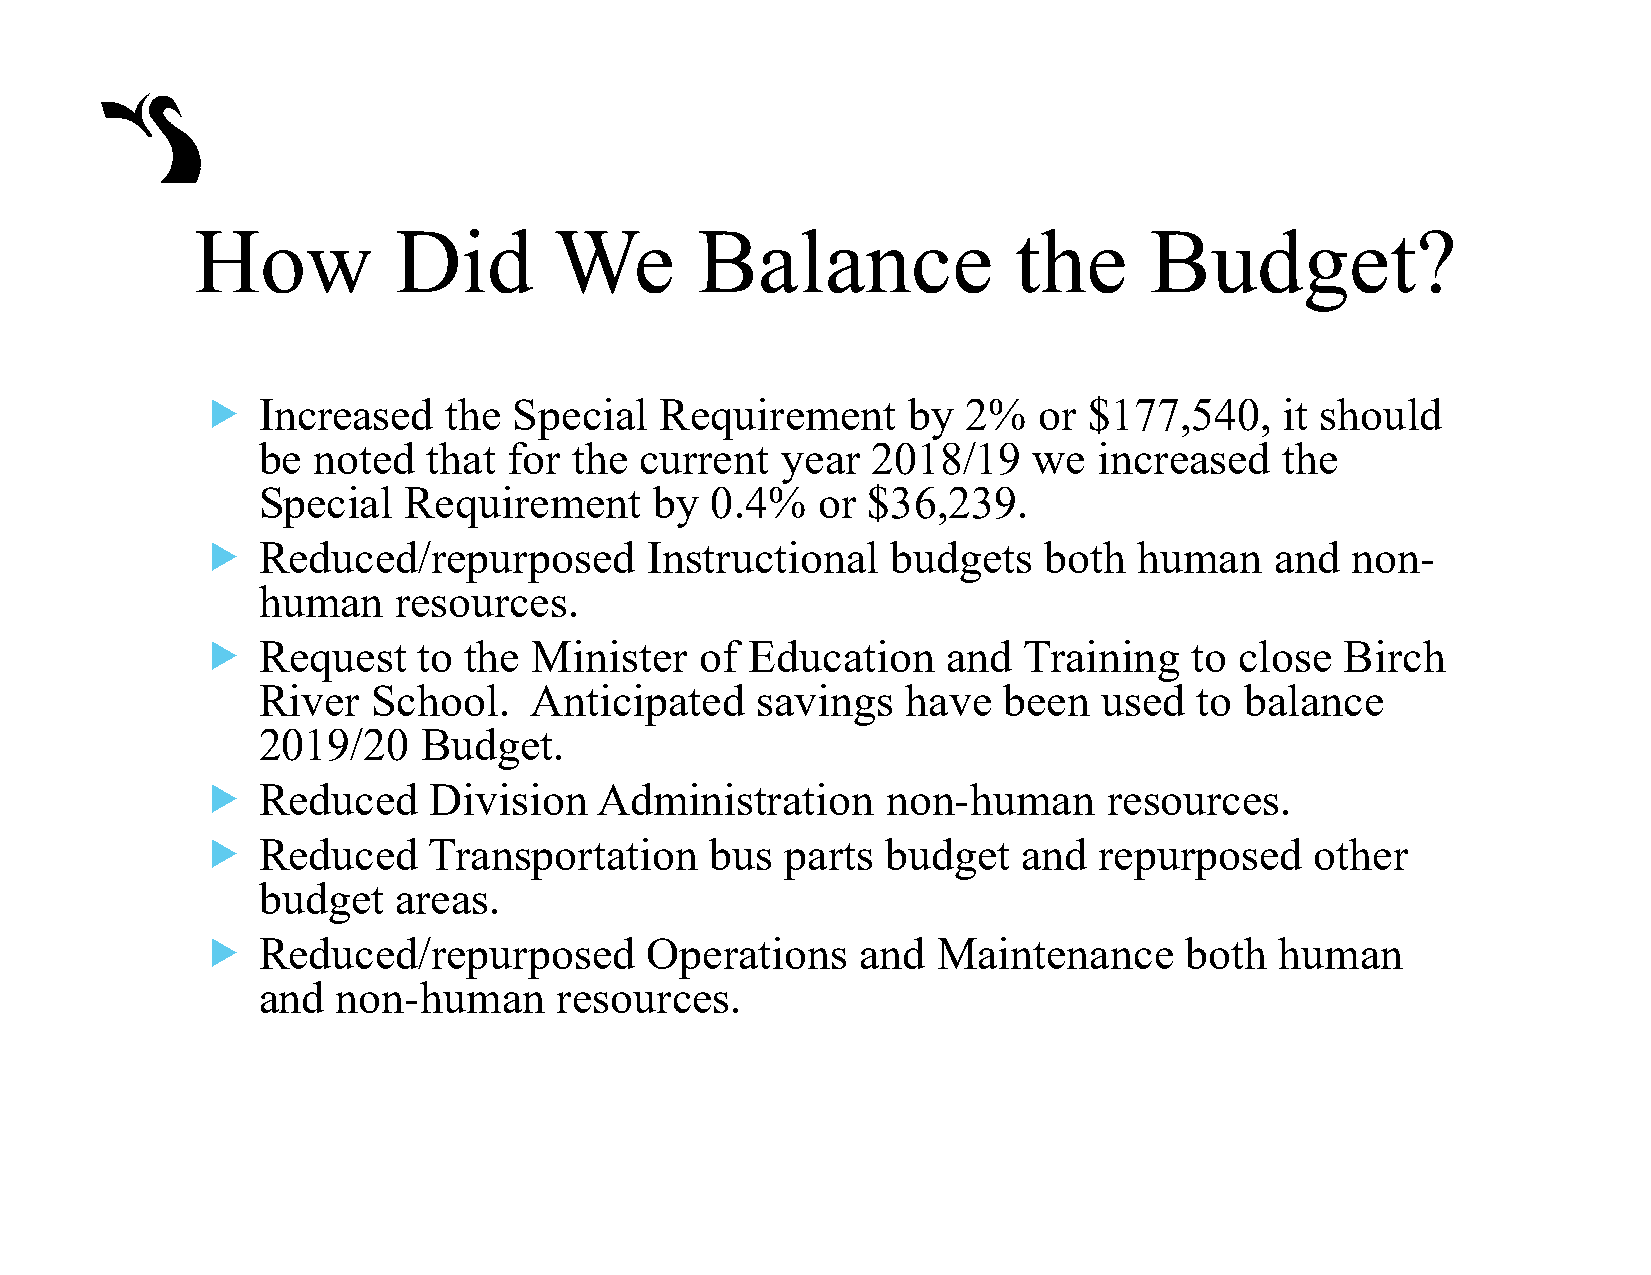
How          Did        We       Balance              the      Budget?
    Increased    the Special   Requirement     by  2%   or $177,540,    it should
 be  noted  that  for the current   year  2018/19   we   increased   the
 Special   Requirement     by  0.4%   or $36,239.
    Reduced/repurposed        Instructional   budgets   both  human    and  non-
 human    resources.
    Request    to the Minister   of  Education    and  Training   to close  Birch
 River   School.   Anticipated    savings   have  been   used  to balance
 2019/20    Budget.
    Reduced    Division   Administration      non-human     resources.
    Reduced    Transportation     bus  parts  budget   and  repurposed    other
 budget   areas.
    Reduced/repurposed        Operations    and  Maintenance     both   human
 and  non-human      resources.